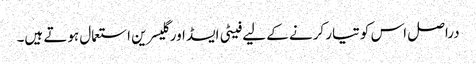
دراصل اس کو تیار کرنے کے لیے فیٹی ایسڈ اور گلیسرین استعمال ہوتے ہیں۔